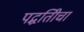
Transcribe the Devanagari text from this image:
पद्धतिीचा